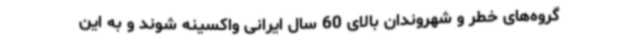
گروه‌های خطر و شهروندان بالای 60 سال ایرانی واکسینه شوند و به این